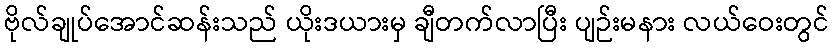
ဗိုလ်ချုပ်အောင်ဆန်းသည် ယိုးဒယားမှ ချီတက်လာပြီး ပျဉ်းမနား လယ်ဝေးတွင်